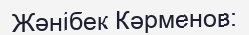
Жәнібек Кәрменов: